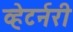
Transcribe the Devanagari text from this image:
व्हेटर्नरी